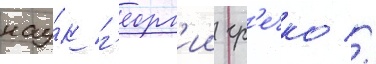
нау́к г'еорг'ии гр'ечко //